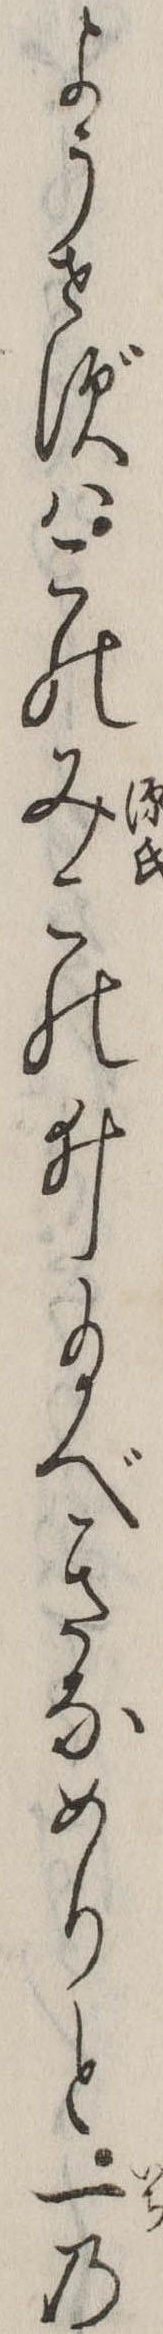
ようせずはこのみこのゐ給べきなめりと一の